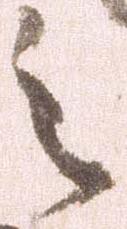
之